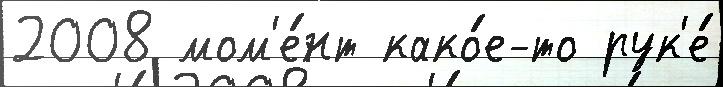
2008 мом'е́нт како́е-то рук'е́